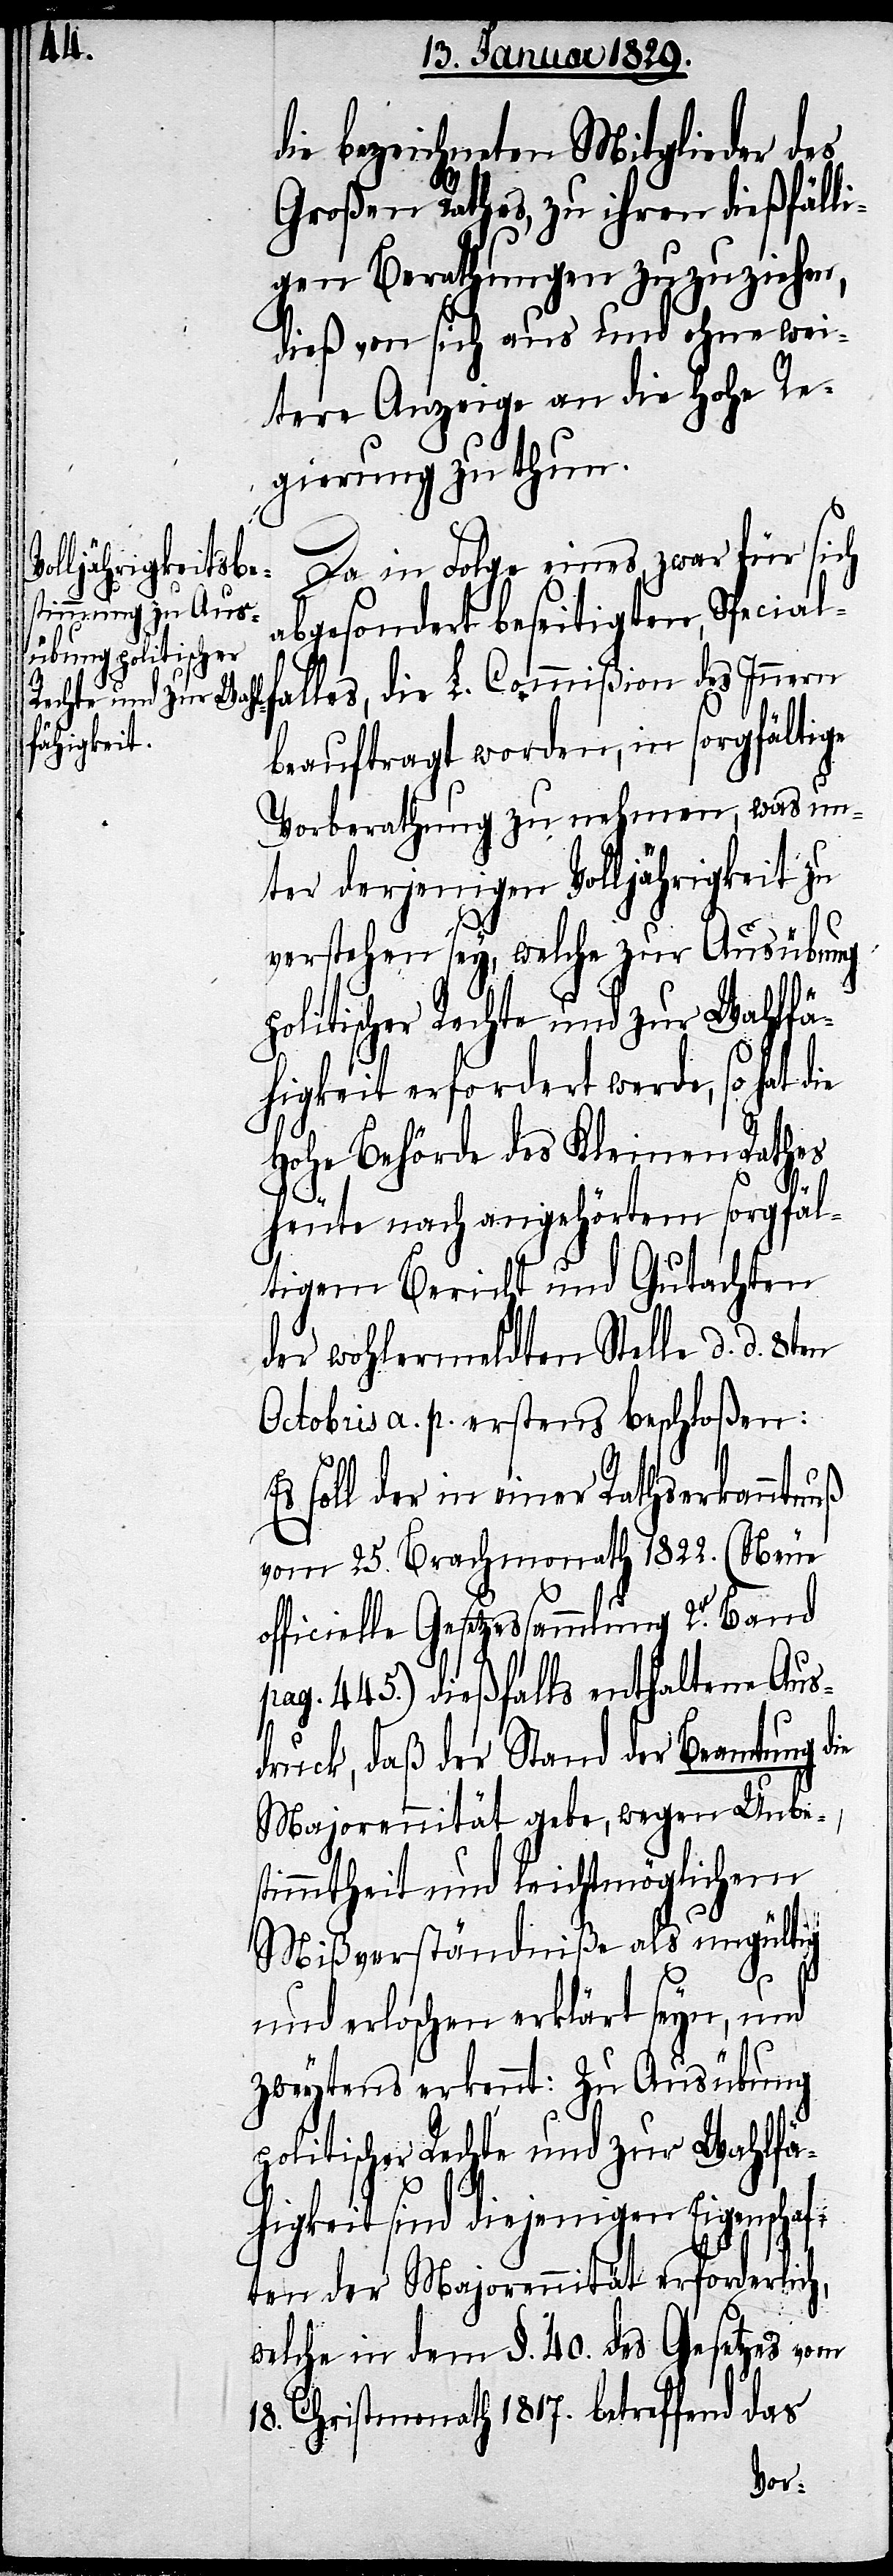
die bezeichneten Mitglieder des
Großen Rathes, zu ihren dießfälli¬
gen Berathungen zuzuziehen,
dieß von sich aus und ohne wei¬
tere Anzeige an die hohe Re¬
gierung zu thun.
Da in Folge eines, zwar für sich
falles, die L.
abgesondert beseitigten, Special¬
beauftragt worden, in sorgfältige
Vorberathung zu nehmen, was un¬
ter derjenigen Volljährigkeit zu
verstehen sey, welche zur Ausübung
politischer Rechte und zur Wahlfä¬
higkeit erfordert werde, so hat d¬
Hohe Behörde des Kleinen Rathes
ie
heute nach angehörtem sorgfäl¬
tigem Bericht und Gutachten
der wohlermeldten Stelle d. d. 8ten
Octobris a. p. erstens beschloßen:
Es soll der in einer Rathserkanntnuß
vom 25. Brachmonath 1822. (Neue
officielle Gesetzessammlung 2. Band
pag. 445) dießfalls enthaltene Aus¬
druck, daß der Stand der Beamtung die
Majorennität gebe, wegen Unbes¬
timmtheit und leichtmöglichem
Mißverständiße als ungültig
und erloschen erklärt seyn, und
zweytens erkennt: Zu Ausübung
higkeit sind diejenigen Eigenschaf¬
ten der Majorennität erforderlich,
welche in dem §. 40. des Gesetzes vom
18. Christmonath 1817. betreffend das